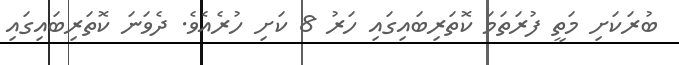
ބުރަކަށި މަތީ ފުރަތަމަ ކޮތަރިބައިގައި ހަރު 8 ކަށި ހުރެއެވެ. ދެވަނަ ކޮތަރިބައިގައި